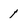
Character: 1